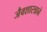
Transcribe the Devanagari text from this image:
जैवशास्त्राने